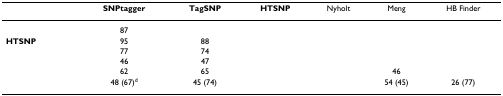
<table><thead><tr><td>[EMPTY_CELL]</td><td><b>SNPtagger</b></td><td><b>TagSNP</b></td><td><b>HTSNP</b></td><td><b>Nyholt</b></td><td><b>Meng</b></td><td><b>HB Finder</b></td></tr></thead><tbody><tr><td>[EMPTY_CELL]</td><td>87</td><td>[EMPTY_CELL]</td><td>[EMPTY_CELL]</td><td>[EMPTY_CELL]</td><td>[EMPTY_CELL]</td><td>[EMPTY_CELL]</td></tr><tr><td><b>HTSNP</b></td><td>95</td><td>88</td><td>[EMPTY_CELL]</td><td>[EMPTY_CELL]</td><td>[EMPTY_CELL]</td><td>[EMPTY_CELL]</td></tr><tr><td>[EMPTY_CELL]</td><td>77</td><td>74</td><td>[EMPTY_CELL]</td><td>[EMPTY_CELL]</td><td>[EMPTY_CELL]</td><td>[EMPTY_CELL]</td></tr><tr><td>[EMPTY_CELL]</td><td>46</td><td>47</td><td>[EMPTY_CELL]</td><td>[EMPTY_CELL]</td><td>[EMPTY_CELL]</td><td>[EMPTY_CELL]</td></tr><tr><td>[EMPTY_CELL]</td><td>62</td><td>65</td><td>[EMPTY_CELL]</td><td>[EMPTY_CELL]</td><td>46</td><td>[EMPTY_CELL]</td></tr><tr><td>[EMPTY_CELL]</td><td>48 (67)<sup>d</sup></td><td>45 (74)</td><td>[EMPTY_CELL]</td><td>[EMPTY_CELL]</td><td>54 (45)</td><td>26 (77)</td></tr></tbody></table>